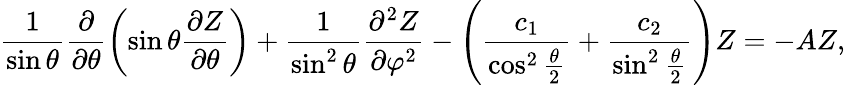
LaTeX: \frac{1}{\sin\theta}\frac{\partial}{\partial\theta}\left(\sin\theta\frac{\partial Z}{\partial\theta}\right)+\frac{1}{\sin^{2}\theta}\frac{\partial^{2}Z}{\partial\varphi^{2}}-\left(\frac{c_{1}}{\cos^{2}\frac{\theta}{2}}+\frac{c_{2}}{\sin^{2}\frac{\theta}{2}}\right)Z=-AZ,